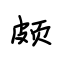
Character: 颇